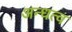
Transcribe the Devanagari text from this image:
अन्धत्व